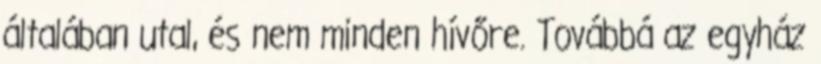
általában utal, és nem minden hívőre. Továbbá az egyház